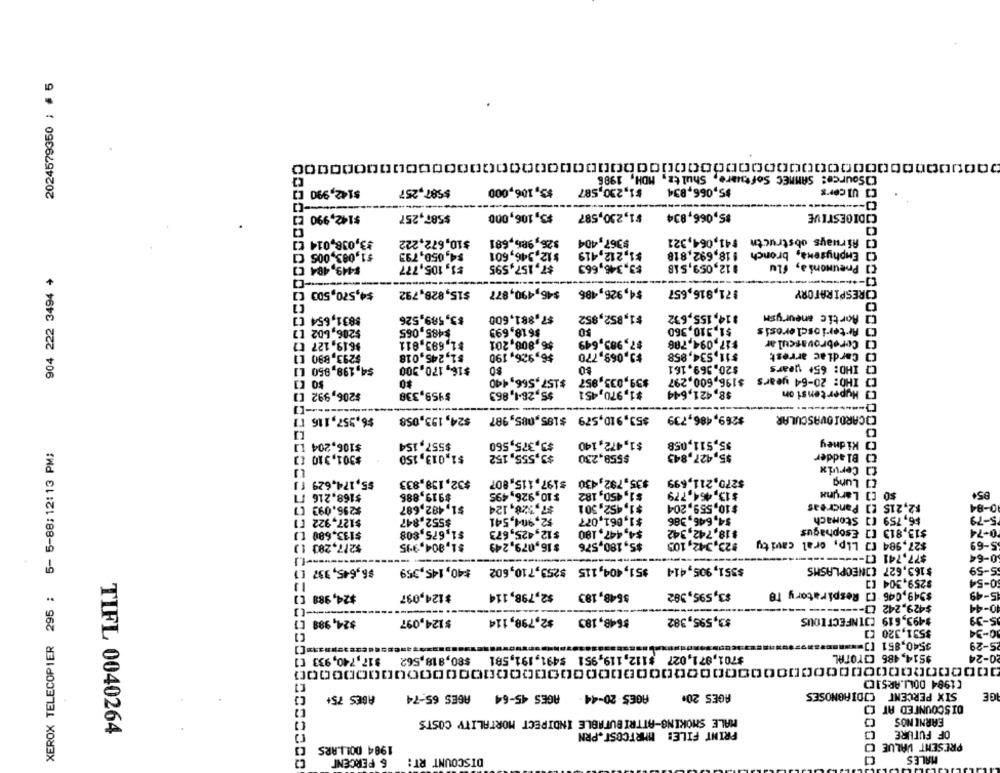
2024579350 ; # 5
00000000000000000000000000000000000000000000000000000000
[]Source: SAMMEC Software, Shultz, MDH, 1986
$142,990 []
$587,257
$5,106,000
$1,230,587
$5,066,834
[] Ulcerx
-------
$142,990 []
$587,257
$3,106,000
¥1,230,587
$5,066,834
CIDIGESTIVE
¥3,038,014 []
$10,672,222
$26,986,681
$367,404
[] Airways obstructn $41,064,321
$1,093,005
$4,050,793
$12,346,601
$1,212,419
$18,692,818
[] Emphysema, bronch
$3,346,663
[] Pneumonia, flu
$449,484 C]
#1,105,777
$7,157,595
#12,059,518
904 222 3494 +
$4,570,500 []
$15,828,792
$46,490,877
$4,926,486
$71,916,657
CORESPIRATORY
$831,654 [3
$3,589,526
$7,881,600
$1,852,852
$14,155,692
[] Aortic aneurysm
$206,602 [7
$485,065
$618,699
$1,310,360
[] Arteriosclerosis
$7,983,649
$17.094.706
[] Cerebrovascular
$619.127 [7
$1,683,811
$6,808,201
$293.890
$1,245,018
$6,926,190
$3,069,770
$11,534,858
[] Cardiac arrest
$4,198,850 L1
$16,170,300
80
$20.369.161
[} IHO: 65+ years
$0
$157,566,440
$39,035,957
[] THO: 20-64 years $196,600,297
$206,992 []
$959,338
$5,28-1,863
$1,970,451
$8.421,644
[] Hypertension
--
$6,957, 116 17
$24,193,058
$53,910,579 $185,085,987
$269,486,739
COCARDIOVASCULAR
$1,472,140
$5,511,058
[ Kidney
$106,204 L
$557,154
$3,375,560
XEROX TELECOPIER 295 ; 5- 5-88;12:13 PM;
$301,310
$1,013,150
$3,555,152
$558,230
$5,427,843
[] Bladder
13 Cervix
$32,138,833
$35,792,430
$270,211,699
[] Lung
$5,174,629 [ ]
$197.115,807
$168.216 11
$919,886
$10.926,495
$1,450,182
$13.464,779
$0 [] Larunx
85+
$2,215 [] Pancreas
$296.093 []
$1,482,687
$7,28,124
$1,452,501
$10,559,204
0-84
$2,904,541
$1,061,077
$4,646,386
$6,759 [] Stomach
5-79
$127.922 []
$552.847
$133.680 []
$1,675,808
$12,425,673
$4,447,190
$18.742,342
Esophagus
$13,813 []
0-74
$27,994 [] Lip, oral cavity
$217.283 []
$1,804.995
$16.079,249
$5,180,576
$23,342,103
5-69
$77,741 [7 ------.
0-64
$6,645,337 {
$40,145,359
$51,404, 115 $259,710,602
$351,905,414
$163.627 CONECPLASMS
5-59
$259,304 []
0-54
$24,988 []
$124,097
$2,798,114
$648,183
$3,595,382
Respiratory TB
15-49
$429,242 0 -----------
10-44
$24,999 []
$124,097
$2,798,114
$648,189
$3,595,382
$493,619 CJINFECTIOUS
5-39
$531,320 []
10-34
3540,851 [] ==
25-29
$80,818,562
$701,871,027 $112,119,951 $491,191,581
$514, 486 CITOTAL
0-24
$17,740,933 []
[1994 DOLLARS][]
ABES 75+
AGES 20-44 - AGES 45-64 AGES 65-74
AGES 20+
SIX PERCENT CIDIAGNOSES
IGE
DISCOUNTED AT [
MALE SMOKING-ATTRIBUTABLE INDIRECT MORTALITY COSTS
EARNI NOS
PRINT FILE: MMRTCOST.PRN
OF FUTURE
TIFL 0040264
1984 DOLLARS
PRESENT VALUE
MALES
6 PERCENT
DISCOUNT RT: